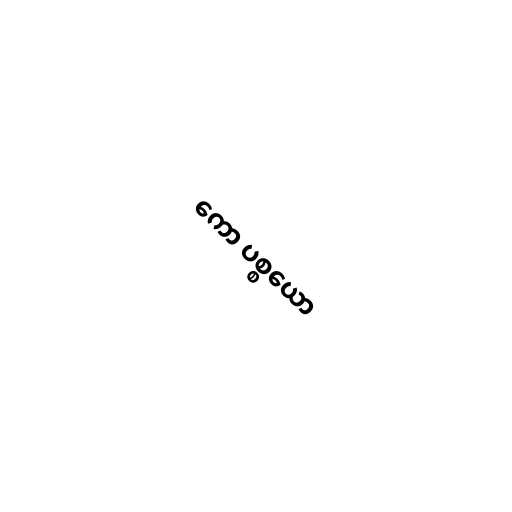
ကော ပစ္စယော